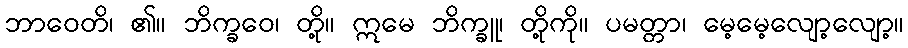
ဘာဝေတိ၊ ၏။ ဘိက္ခဝေ၊ တို့။ ဣမေ ဘိက္ခူ၊ တို့ကို။ ပမတ္တာ၊ မေ့မေ့လျော့လျော့။